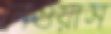
নেওয়াস